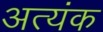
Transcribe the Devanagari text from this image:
अत्यंक